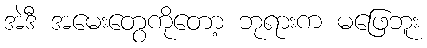
အဲဒီ အမေးတွေကိုတော့ ဘုရားက မဖြေဘူး